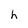
Character: h